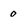
Character: 0